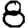
Digit: 8